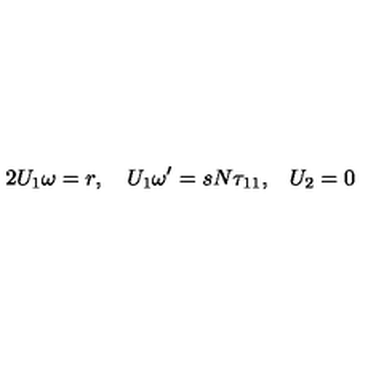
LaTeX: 2 { U _ { 1 } \omega } = r , \quad { U _ { 1 } } { \omega ^ { \prime } } = s { N } { \tau _ { 1 1 } , } \quad { U _ { 2 } } = { 0 }